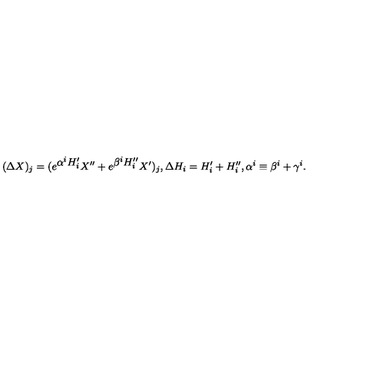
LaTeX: ( \Delta X ) _ { j } = ( e ^ { \textstyle \alpha ^ { i } H _ { i } ^ { \prime } } X ^ { \prime \prime } + e ^ { \textstyle \beta ^ { i } H _ { i } ^ { \prime \prime } } X ^ { \prime } ) _ { j } , \Delta H _ { i } = H _ { i } ^ { \prime } + H _ { i } ^ { \prime \prime } , \alpha ^ { i } \equiv \beta ^ { i } + \gamma ^ { i } .